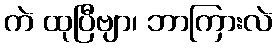
ကဲ ထုပြီဗျာ၊ ဘာကြားလဲ